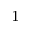
^ { 1 }